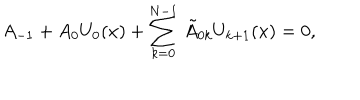
A _ { - 1 } + A _ { 0 } U _ { 0 } ( x ) + \sum _ { k = 0 } ^ { N - 1 } \, \tilde { A } _ { 0 k } U _ { k + 1 } ( x ) = 0 ,